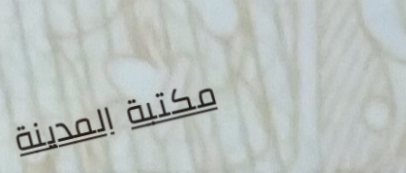
مكتبة المدينة